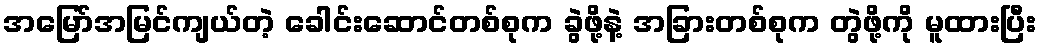
အမြော်အမြင်ကျယ်တဲ့ ခေါင်းဆောင်တစ်စုက ခွဲဖို့နဲ့ အခြားတစ်စုက တွဲဖို့ကို မူထားပြီး